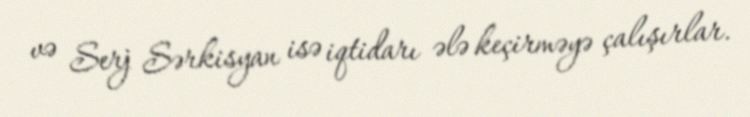
və Serj Sərkisyan isə iqtidarı ələ keçirməyə çalışırlar.